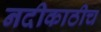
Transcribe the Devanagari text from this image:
नदीकाठीच